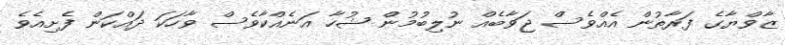
ޒާވްޔާގެ ފަރާތުން އެއްވެސް ޖަވާބެއް ނުލިބުމުން ޝުހާ އަނެއްކާވެސް ވާހަކަ ދައްކަން ފެށިއެވެ